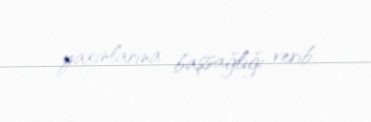
yaxınlarına başsağlığı verib.